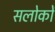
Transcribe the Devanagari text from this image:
सलोकों